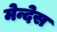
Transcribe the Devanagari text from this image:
मेन्देस